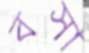
বসা